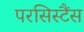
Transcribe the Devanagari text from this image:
परसिस्टैंस